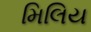
મિલિય